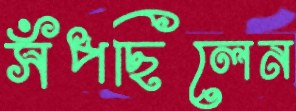
সঁপছিলেন